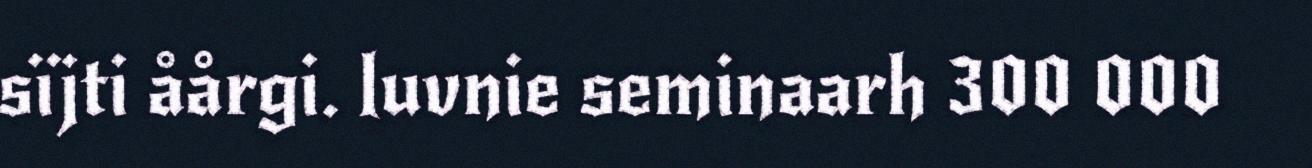
sïjti åårgi. luvnie seminaarh 300 000